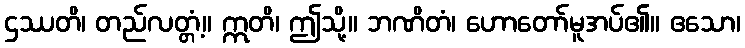
ဌဿတိ၊ တည်လတ္တံ့။ ဣတိ၊ ဤသို့။ ဘဏိတံ၊ ဟောတော်မူအပ်၏။ ဧသော၊